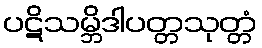
ပဋိသမ္ဘိဒါပတ္တသုတ္တံ